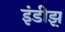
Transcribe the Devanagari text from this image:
इंडीझ़़